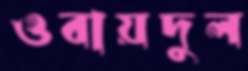
ওবায়দুল